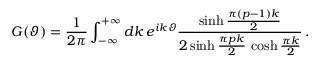
G ( \vartheta ) = \frac { 1 } { 2 \pi } \int _ { - \infty } ^ { + \infty } d k \, e ^ { i k \vartheta } \frac { \sinh \frac { \pi ( p - 1 ) k } { 2 } } { 2 \sinh \frac { \pi p k } { 2 } \, \cosh \frac { \pi k } { 2 } } \, .